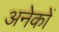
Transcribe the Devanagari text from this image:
अनेेकों